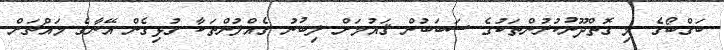
ބަގްބޯގެ މި ގޮތްދޫނުކުރުންތަކުގެ ސަބަބުން ޤައުމަށް ލިބުނު ގެއްލުންތަކާ ގުޅިގެން އޭނާގެ މައްޗަށް